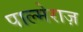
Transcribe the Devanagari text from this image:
पाल्मेराज़